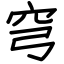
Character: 穹